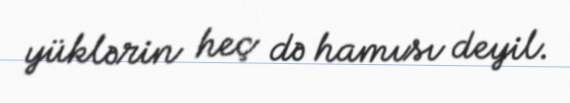
yüklərin heç də hamısı deyil.